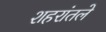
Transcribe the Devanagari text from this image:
शहरांतले